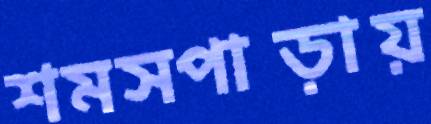
শমসপাড়ায়